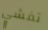
تفشي